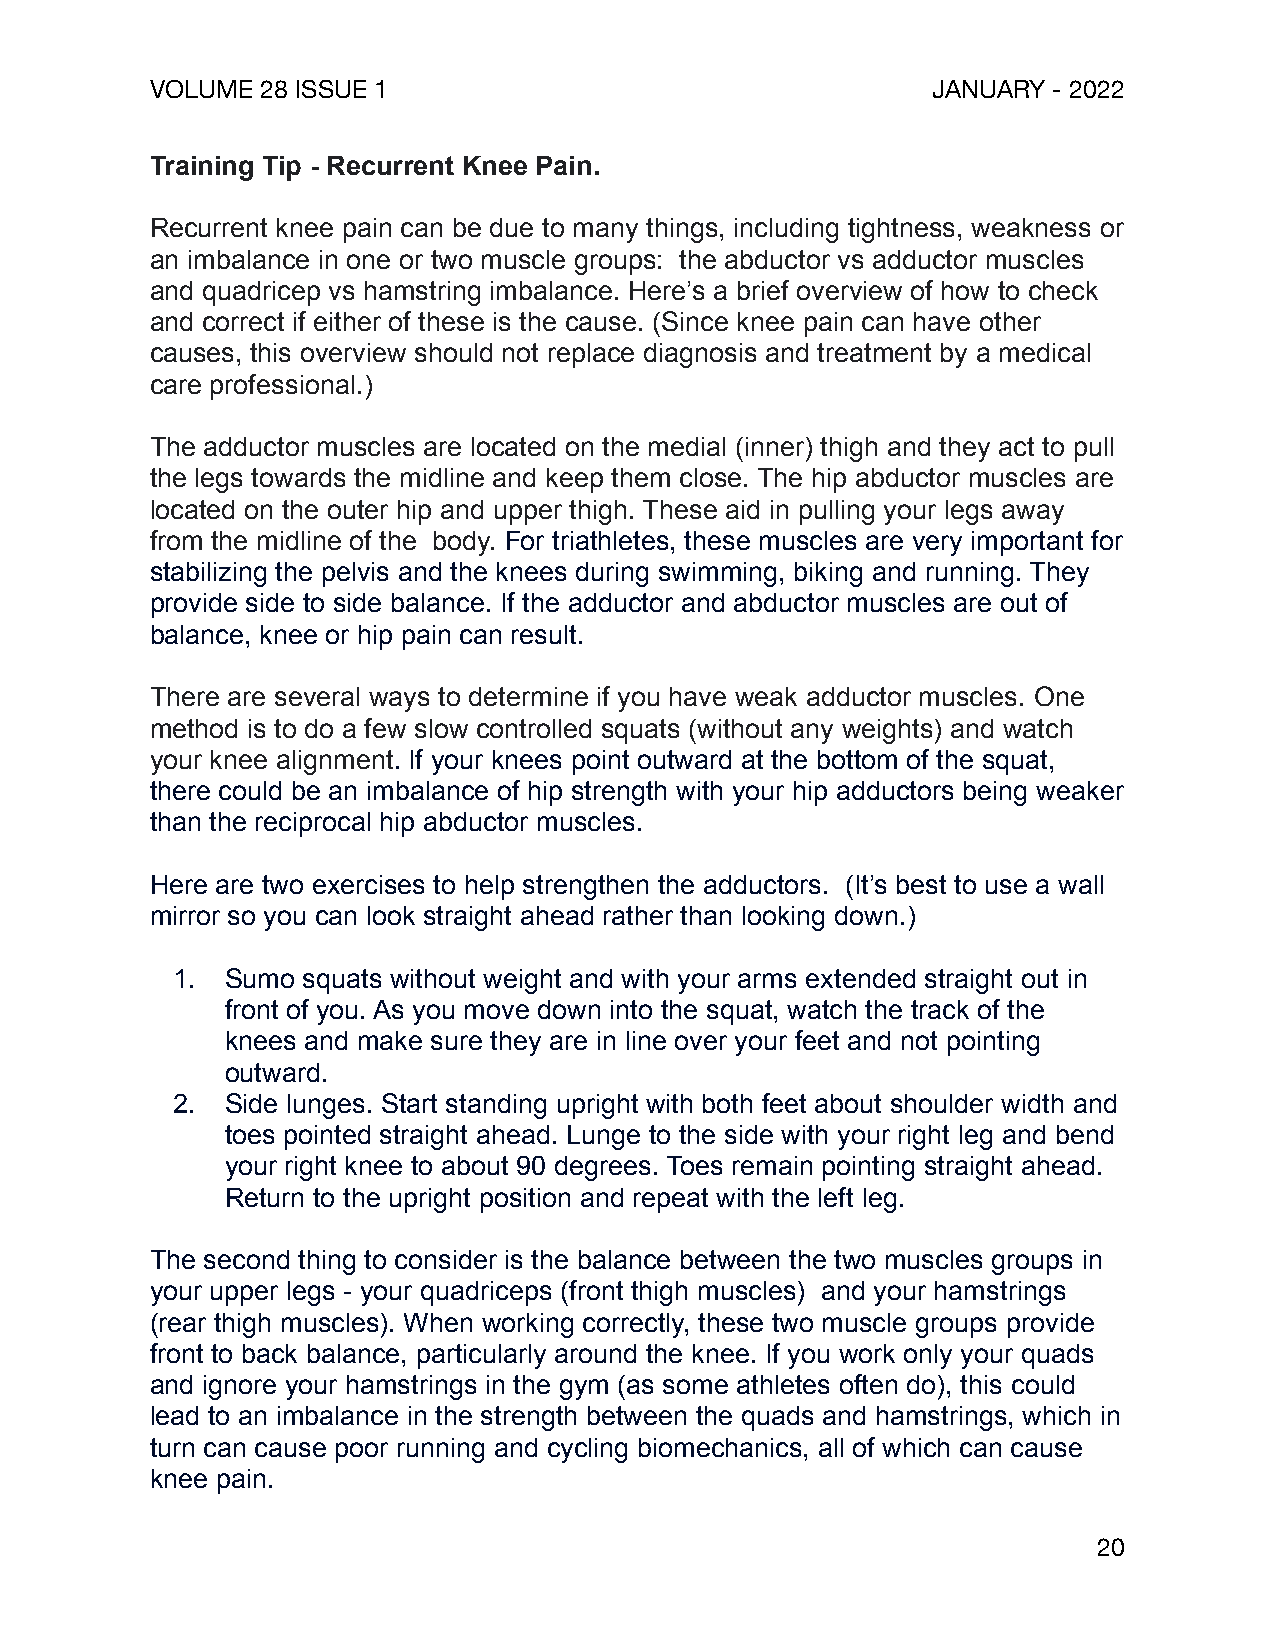
VOLUME 28 ISSUE 1                                   JANUARY - 2022
 Training Tip - Recurrent Knee Pain.
 Recurrent knee pain can be due to many things, including tightness, weakness or
 an imbalance in one or two muscle groups: the abductor vs adductor muscles
 and quadricep vs hamstring imbalance. Here’s a brief overview of how to check
 and correct if either of these is the cause. (Since knee pain can have other
 causes, this overview should not replace diagnosis and treatment by a medical
 care professional.)
 The adductor muscles are located on the medial (inner) thigh and they act to pull
 the legs towards the midline and keep them close. The hip abductor muscles are
 located on the outer hip and upper thigh. These aid in pulling your legs away
 from the midline of the body. For triathletes, these muscles are very important for
 stabilizing the pelvis and the knees during swimming, biking and running. They
 provide side to side balance. If the adductor and abductor muscles are out of
 balance, knee or hip pain can result.
 There are several ways to determine if you have weak adductor muscles. One
 method is to do a few slow controlled squats (without any weights) and watch
 your knee alignment. If your knees point outward at the bottom of the squat,
 there could be an imbalance of hip strength with your hip adductors being weaker
 than the reciprocal hip abductor muscles.
 Here are two exercises to help strengthen the adductors. (It’s best to use a wall
 mirror so you can look straight ahead rather than looking down.)
 1.  Sumo squats without weight and with your arms extended straight out in
 front of you. As you move down into the squat, watch the track of the
 knees and make sure they are in line over your feet and not pointing
 outward.
 2.  Side lunges. Start standing upright with both feet about shoulder width and
 toes pointed straight ahead. Lunge to the side with your right leg and bend
 your right knee to about 90 degrees. Toes remain pointing straight ahead.
 Return to the upright position and repeat with the left leg.
 The second thing to consider is the balance between the two muscles groups in
 your upper legs - your quadriceps (front thigh muscles) and your hamstrings
 (rear thigh muscles). When working correctly, these two muscle groups provide
 front to back balance, particularly around the knee. If you work only your quads
 and ignore your hamstrings in the gym (as some athletes often do), this could
 lead to an imbalance in the strength between the quads and hamstrings, which in
 turn can cause poor running and cycling biomechanics, all of which can cause
 knee pain.
 20